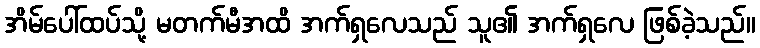
အိမ်ပေါ်ထပ်သို့ မတက်မီအထိ အက်ရှလေသည် သူ၏ အက်ရှလေ ဖြစ်ခဲ့သည်။